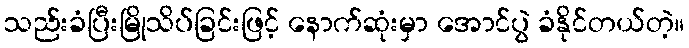
သည်းခံပြီးမြိုသိပ်ခြင်းဖြင့် နောက်ဆုံးမှာ အောင်ပွဲ ခံနိုင်တယ်တဲ့။